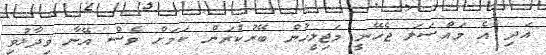
އަދި އެ މައްސަލަ ޖެހޭނީ މަޖިލީހުން ބޭރުކުރަން ކަމަށް ވެސް އޭނާ ވިދާޅުވި